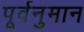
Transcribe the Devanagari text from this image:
पूर्वनुमान